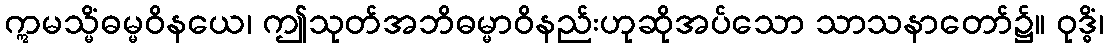
ဣမသ္မိံဓမ္မဝိနယေ၊ ဤသုတ်အဘိဓမ္မာဝိနည်းဟုဆိုအပ်သော သာသနာတော်၌။ ဝုဒ္ဓိံ၊